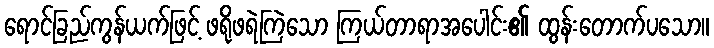
ရောင်ခြည်ကွန်ယက်ဖြင့် ဖရိုဖရဲကြဲသော ကြယ်တာရာအပေါင်း၏ ထွန်းတောက်ပသော။